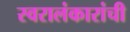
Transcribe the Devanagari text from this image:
स्वरालंकारांची